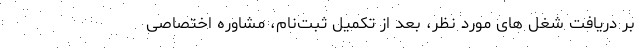
بر دریافت شغل های مورد نظر، بعد از تکمیل ثبت‌نام، مشاوره اختصاصی